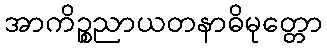
အာကိဉ္စညာယတနာဓိမုတ္တော